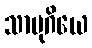
သာမုဂိယေ